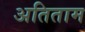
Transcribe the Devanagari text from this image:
अतिताम